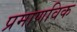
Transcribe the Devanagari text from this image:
प्रमाणविक